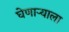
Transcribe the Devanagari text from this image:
घेणार्‍याला